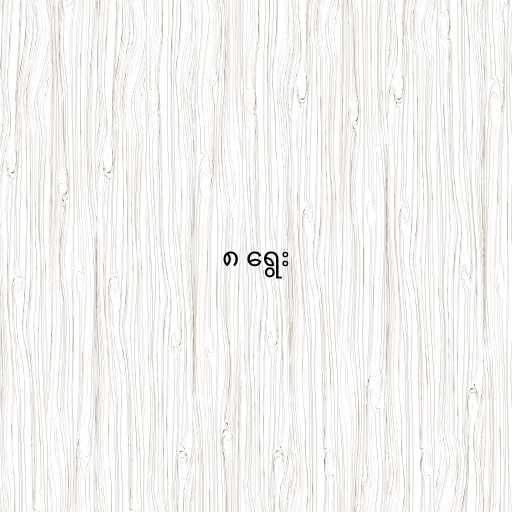
၈ ရွေး